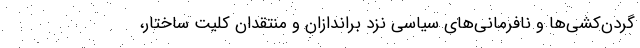
گردن‌کشی‌ها و نافرمانی‌های سیاسی نزد براندازان و منتقدان کلیت ساختار،